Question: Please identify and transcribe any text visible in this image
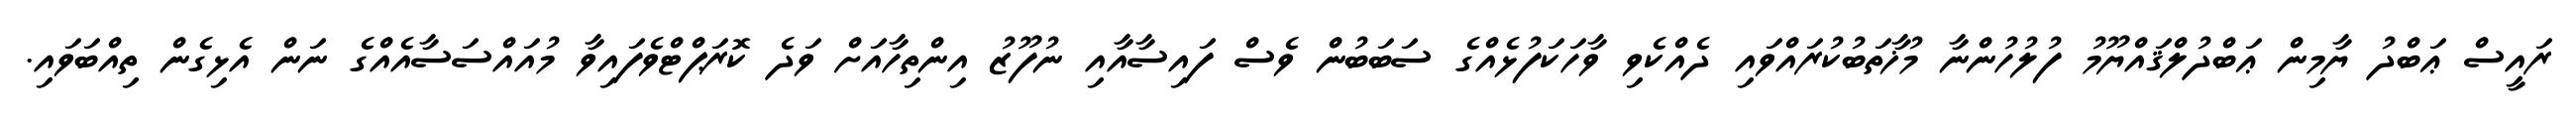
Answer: ރައީސް ޢަބްދު ޔާމިން ޢަބްދުލްޤައްޔޫމު ފުލުހުންނާ މުޚާތަބުކުރައްވައި ދެއްކެވި ވާހަކަފުޅެއްގެ ސަބަބުން ވެސް ފައިސާއާއި ނުފޫޒު އިންތިހާއަށް ވަދެ ކޮރަޕްޓްވެފައިވާ މުއައްސަސާއެއްގެ ނަން އެޅިގެން ތިއްބަވައި.